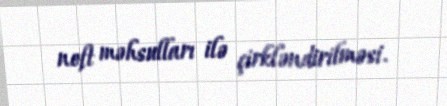
neft məhsulları ilə çirkləndirilməsi.